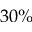
3 0 \%